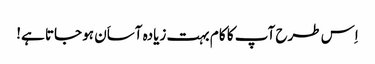
اِس طرح آپ کا کا م بہت زیادہ آساَن ہو جاتا ہے!